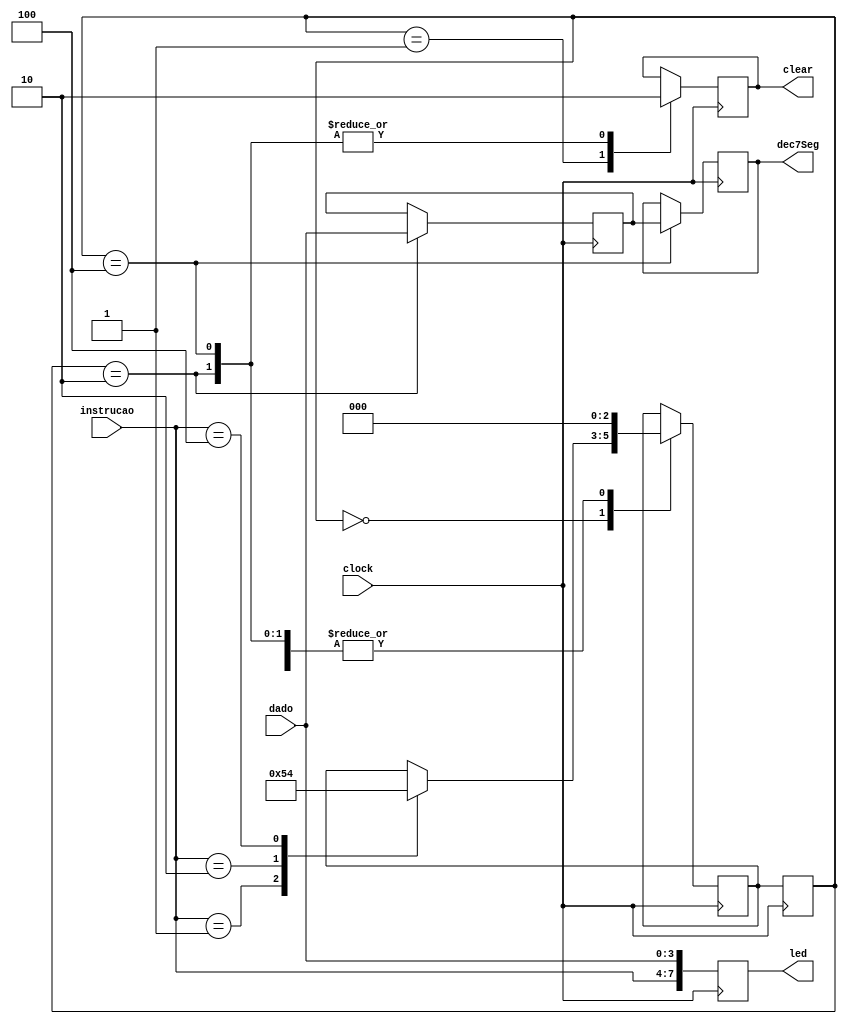
module tratar (instrucao, dado, clock, led, dec7Seg, clear);

    input clock;
    input [3:0] instrucao, dado;

    output reg clear = 0;
    output reg [3:0] dec7Seg;
    output reg [7:0] led;

    reg [2:0] state, nextState;
    reg [3:0] guardado;
    
    parameter uart = 0, limpar = 1, carregar = 2, mostrar = 4;

    always @(posedge clock) begin
        state <= nextState;
    end

    always @(posedge clock) begin
        case (state)
            uart: begin
                case (instrucao)
                    limpar: nextState = limpar;
                    carregar: nextState = carregar; 
                    mostrar: nextState = mostrar;
                endcase
            end 
            
            limpar: begin
                clear <= 1;
                nextState = uart;
            end

            carregar: begin
                guardado <= dado;
                nextState = uart;
                clear <= 0;
            end

            mostrar: begin
                dec7Seg <= guardado;
                nextState = uart;
                clear <= 0;
            end
        endcase
        led = {instrucao, dado};
    end
    
endmodule